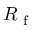
R _ { \mathrm { ~ f ~ } }